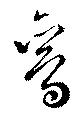
鸞